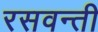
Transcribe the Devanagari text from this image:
रसवन्ती